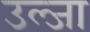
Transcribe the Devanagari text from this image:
उल्जा